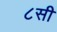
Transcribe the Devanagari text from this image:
८सी